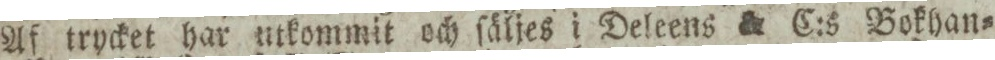
Af trycket har utkommit och ſäljes i Deleens & C:s Bokhan=